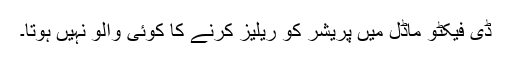
ڈی فیکٹو ماڈل میں پریشر کو ریلیز کرنے کا کوئی والو نہیں ہوتا۔